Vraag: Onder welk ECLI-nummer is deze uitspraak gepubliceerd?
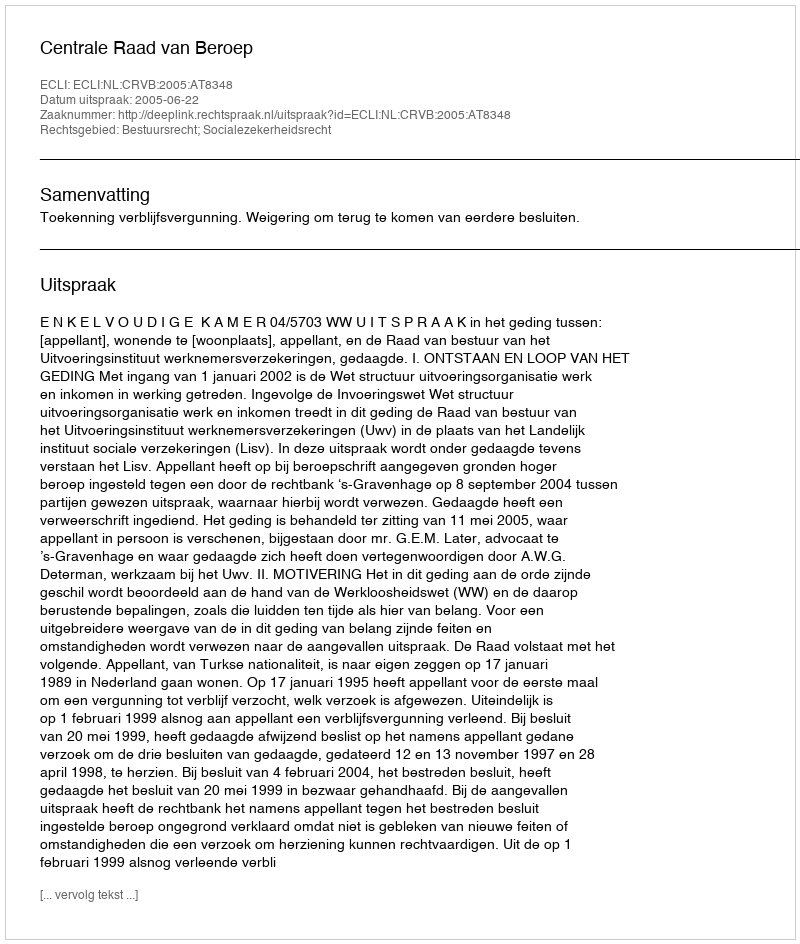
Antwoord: ECLI:NL:CRVB:2005:AT8348